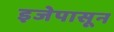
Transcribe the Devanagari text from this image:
इजेपासून